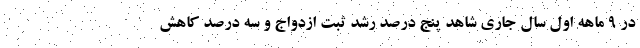
در ۹ ماهه اول سال جاری شاهد پنج درصد رشد ثبت ازدواج و سه درصد کاهش